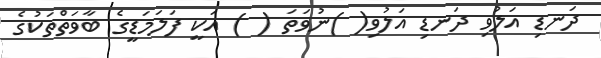
ދަނޑި އަލުވި ދަނޑި އަލުވި( )ނުވަތަ ( ) އަކީ ފަލަމަޑީގެ ބާވަތްތަކުގެ